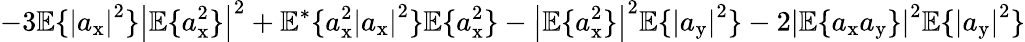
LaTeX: -3\mathbb{E}\{ \left|a_{\mathrm{x}}\right|^{2}\} \left|\mathbb{E}\{ a_{\mathrm{x}}^{2}\} \right|^{2}+\mathbb{E}^{*}\{ a_{\mathrm{x}}^{2}\left|a_{\mathrm{x}}\right|^{2}\} \mathbb{E}\{ a_{\mathrm{x}}^{2}\} -\left|\mathbb{E}\{ a_{\mathrm{x}}^{2}\} \right|^{2}\mathbb{E}\{ \left|a_{\mathrm{y}}\right|^{2}\} -2\left|\mathbb{E}\{ a_{\mathrm{x}}a_{\mathrm{y}}\} \right|^{2}\mathbb{E}\{ \left|a_{\mathrm{y}}\right|^{2}\}